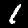
Digit: 1